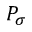
P _ { \sigma }